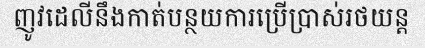
ញូវដេលីនឹងកាត់បន្ថយការប្រើប្រាស់រថយន្ត